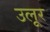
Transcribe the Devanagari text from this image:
उलूर